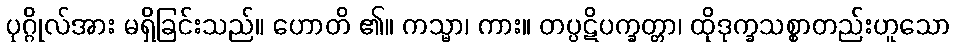
ပုဂ္ဂိုလ်အား မရှိခြင်းသည်။ ဟောတိ ၏။ ကသ္မာ၊ ကား။ တပ္ပဋိပက္ခတ္တာ၊ ထိုဒုက္ခသစ္စာတည်းဟူသော